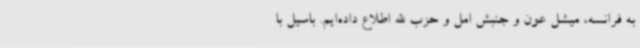
به فرانسه، میشل عون و جنبش امل و حزب الله اطلاع داده‌ایم. باسیل با